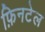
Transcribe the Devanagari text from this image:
फ़िनटेल